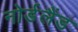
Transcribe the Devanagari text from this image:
नोर्डलैंड